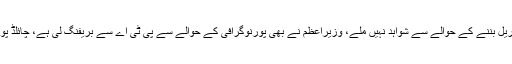
چیئرمین پی ٹی اے نے ا نکشاف کیا کہ پاکستان میں پورنوگرافی مٹیریل بننے کے حوالے سے شواہد نہیں ملے، وزیراعظم نے بھی پورنوگرافی کے حوالے سے پی ٹی اے سے بریفنگ لی ہے، چائلڈ پورنوگرافی میں پی ٹی اے کا کردار مواد بلاک کرنے کی حد تک ہے۔